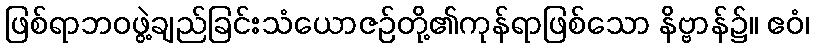
ဖြစ်ရာဘဝဖွဲ့ချည်ခြင်းသံယောဇဉ်တို့၏ကုန်ရာဖြစ်သော နိဗ္ဗာန်၌။ ဧဝံ၊